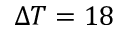
\Delta T = 1 8